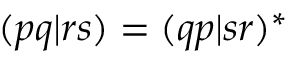
( p q | r s ) = ( q p | s r ) ^ { * }